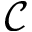
\mathcal { C }